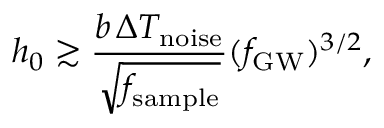
{ h _ { 0 } \gtrsim \frac { b \, \Delta T _ { \mathrm { n o i s e } } } { \sqrt { f _ { \mathrm { s a m p l e } } } } ( f _ { \mathrm { G W } } ) ^ { 3 / 2 } } ,